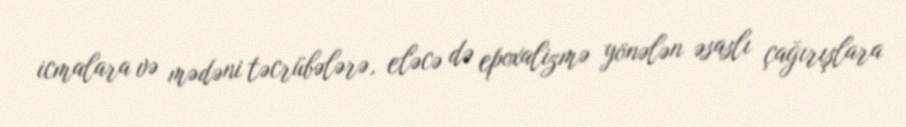
icmalara və mədəni təcrübələrə, eləcə də epoxalizmə yönələn əsaslı çağırışlara